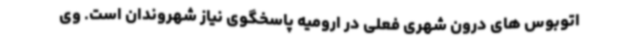
اتوبوس های درون شهری فعلی در ارومیه پاسخگوی نیاز شهروندان است. وی